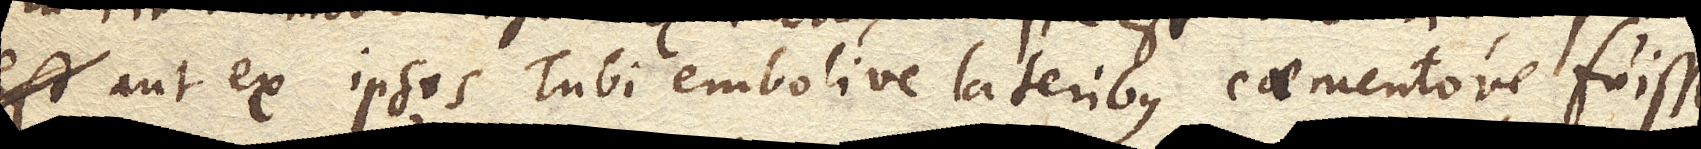
aut ex ipsis Tubi embolive lateribus caementove fuisse